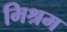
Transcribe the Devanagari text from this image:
मिश्रम